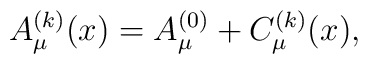
A_\mu^{(k)}(x)=A_\mu^{(0)}+C_\mu^{(k)}(x),